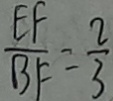
\frac { E F } { B F } = \frac { 2 } { 3 }